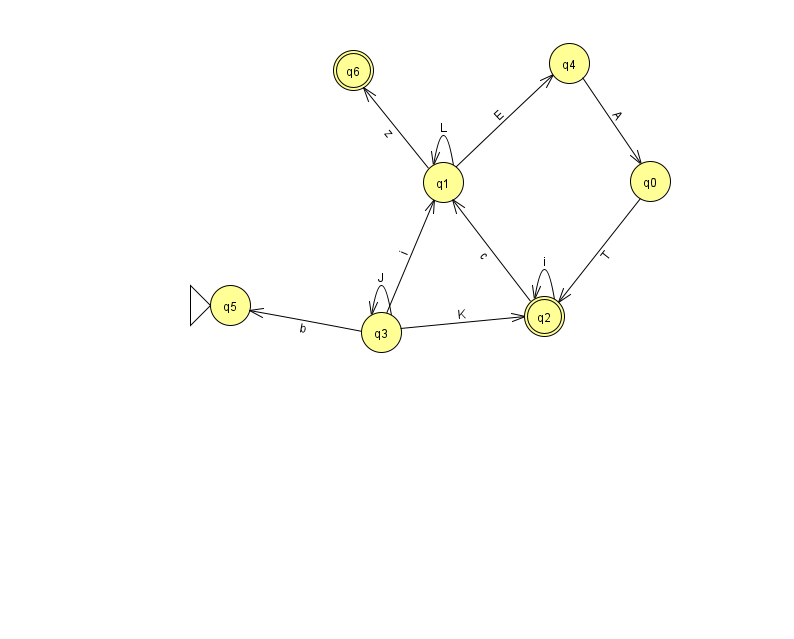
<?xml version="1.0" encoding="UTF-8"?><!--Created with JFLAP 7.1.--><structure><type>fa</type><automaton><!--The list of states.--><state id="0" name="q0"><x>650.0</x><y>168.0</y></state><state id="1" name="q1"><x>443.0</x><y>169.0</y></state><state id="2" name="q2"><x>544.0</x><y>303.0</y><final/></state><state id="3" name="q3"><x>381.0</x><y>319.0</y></state><state id="4" name="q4"><x>569.0</x><y>50.0</y></state><state id="5" name="q5"><x>230.0</x><y>292.0</y><initial/></state><state id="6" name="q6"><x>353.0</x><y>57.0</y><final/></state><!--The list of transitions.--><transition><from>3</from><to>2</to><read>K</read></transition><transition><from>0</from><to>2</to><read>T</read></transition><transition><from>1</from><to>4</to><read>E</read></transition><transition><from>1</from><to>6</to><read>z</read></transition><transition><from>2</from><to>2</to><read>i</read></transition><transition><from>3</from><to>3</to><read>J</read></transition><transition><from>1</from><to>1</to><read>L</read></transition><transition><from>3</from><to>1</to><read>i</read></transition><transition><from>3</from><to>5</to><read>b</read></transition><transition><from>4</from><to>0</to><read>A</read></transition><transition><from>2</from><to>1</to><read>c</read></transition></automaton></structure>